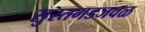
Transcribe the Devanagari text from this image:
सुरतगडजवळ